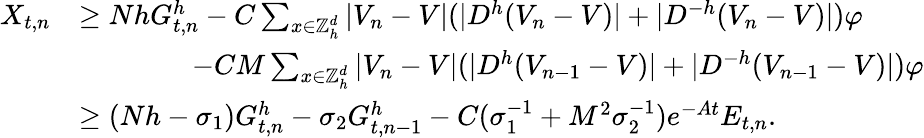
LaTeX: \begin{array}{rl}{X_{t,n}}&{\geq NhG_{t,n}^{h}-C\sum_{x\in{\mathbb{Z}}_{h}^{d}}|V_{n}-V|(|D^{h}(V_{n}-V)|+|D^{-h}(V_{n}-V)|)\varphi}\\ &{\qquad\qquad-CM\sum_{x\in{\mathbb{Z}}_{h}^{d}}|V_{n}-V|(|D^{h}(V_{n-1}-V)|+|D^{-h}(V_{n-1}-V)|)\varphi}\\ &{\geq(Nh-\sigma_{1})G_{t,n}^{h}-\sigma_{2}G_{t,n-1}^{h}-C(\sigma_{1}^{-1}+M^{2}\sigma_{2}^{-1})e^{-At}E_{t,n}.}\end{array}